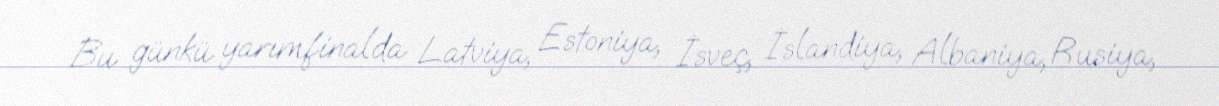
Bu günkü yarımfinalda Latviya, Estoniya, İsveç, İslandiya, Albaniya, Rusiya,